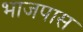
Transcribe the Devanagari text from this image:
भाजपास